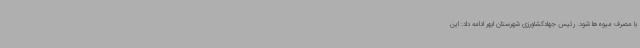
با مصرف میوه‌ها شود. رئیس جهادکشاورزی شهرستان ابهر ادامه داد: این